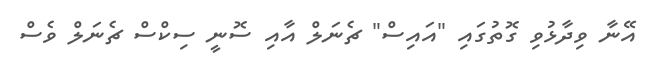
އޭނާ ވިދާޅުވި ގޮތުގައި "އައިސް" ޗެނަލް އާއި ސޮނީ ސިކްސް ޗެނަލް ވެސް